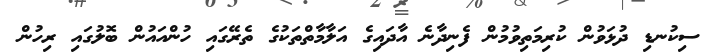
ސިކުނޑި ދުޅަވުން ކުރިމަތިވުމުން ފެނިދާނެ އާދައިގެ އަލާމާތްތަކުގެ ތެރޭގައި ހުންއައުން ބޮލުގައި ރިހުން